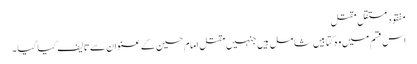
مفقود مستقل مقتل
اس قسم میں وہ کتابیں شامل ہیں جنہیں مقتل امام حسین کے عنوان سے تالیف کیا گیا ۔